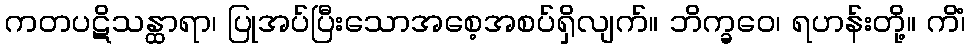
ကတပဋိသန္ထာရာ၊ ပြုအပ်ပြီးသောအစေ့အစပ်ရှိလျက်။ ဘိက္ခဝေ၊ ရဟန်းတို့။ ကိံ၊